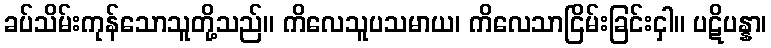
ခပ်သိမ်းကုန်သောသူတို့သည်။ ကိလေသူပသမာယ၊ ကိလေသာငြိမ်းခြင်းငှါ။ ပဋိပန္နာ၊